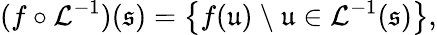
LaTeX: (f\circ\mathcal{L}^{-1})(\mathfrak{s})=\left\{ f(\mathfrak{u})\ \backslash\ \mathfrak{u}\in\mathcal{L}^{-1}(\mathfrak{s})\right\} ,